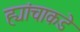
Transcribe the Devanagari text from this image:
ह्यांचाकडे